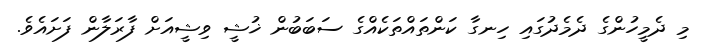
މި ދެމީހުންގެ ދެމެދުގައި ހިނގާ ކަންތައްތަކެއްގެ ސަބަބުން ޚުޝީ ވިޝީއަށް ފާރަލާން ފަށައެވެ.